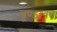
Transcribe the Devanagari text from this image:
चूण्डावत